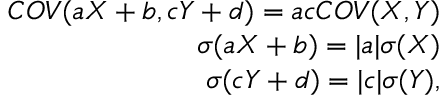
\begin{array} { r } { C O V ( a X + b , c Y + d ) = a c C O V ( X , Y ) } \\ { \sigma ( a X + b ) = | a | \sigma ( X ) } \\ { \sigma ( c Y + d ) = | c | \sigma ( Y ) , } \end{array}